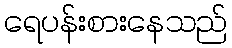
ရေပန်းစားနေသည်